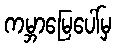
ကမ္ဘာမြေပေါ်မှ